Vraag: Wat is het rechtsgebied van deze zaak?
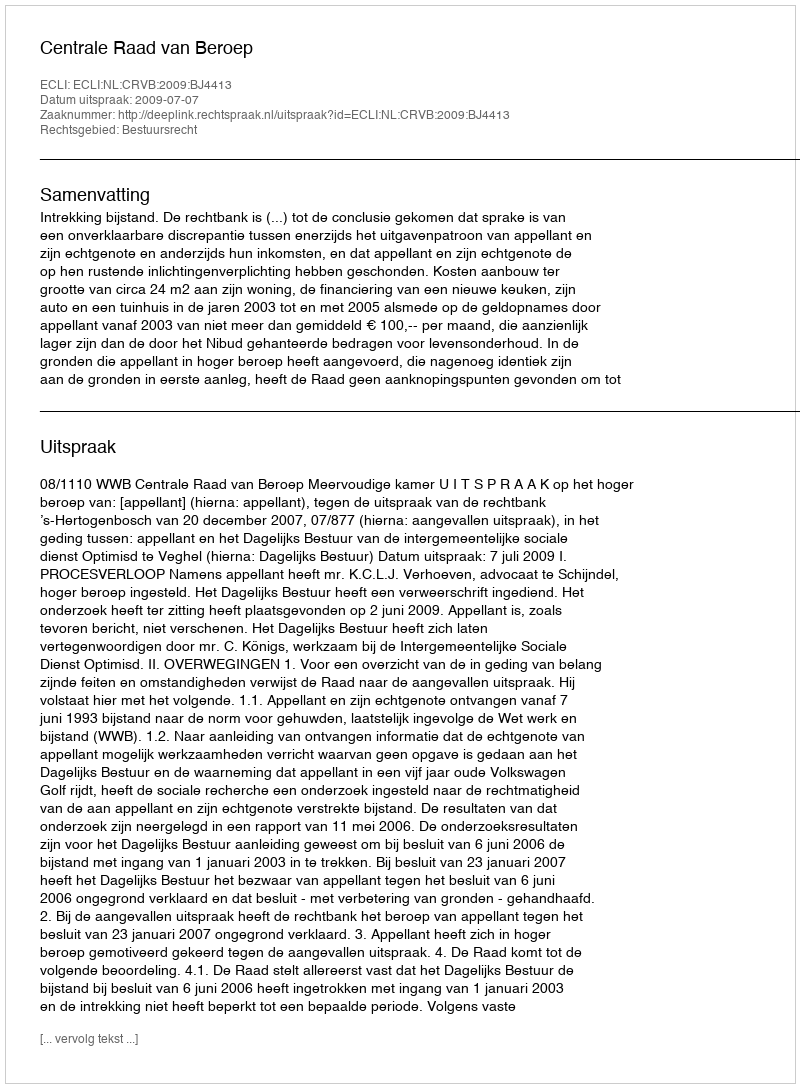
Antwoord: Bestuursrecht